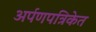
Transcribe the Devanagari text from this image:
अर्पणपत्रिकेत